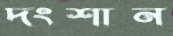
দংশান